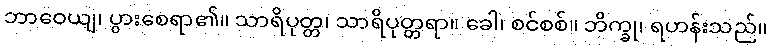
ဘာဝေယျ၊ ပွားစေရာ၏။ သာရိပုတ္တ၊ သာရိပုတ္တရာ။ ခေါ၊ စင်စစ်။ ဘိက္ခု၊ ရဟန်းသည်။